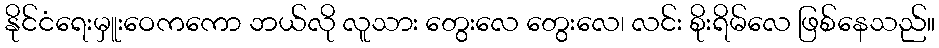
နိုင်ငံရေးမှူးဝေကကော ဘယ်လို လူသား တွေးလေ တွေးလေ၊ လင်း စိုးရိမ်လေ ဖြစ်နေသည်။